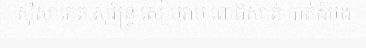
ស៊ីសាកេត សុរិន្ទ្រ សៀមរាប ពោធិសាត់ បាត់ដំបង